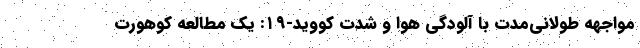
مواجهه طولانی‌مدت با آلودگی هوا و شدت کووید-۱۹: یک مطالعه کوهورت